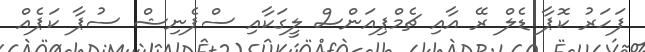
ފަހަރު ކޮޕާ ޑެލް ރޭ އާއި ޗެމްޕިއަންސް ލީގަކާއި ސްޕެނިޝް ސުޕާ ކަޕެއް